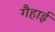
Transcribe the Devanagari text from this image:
गैहाई